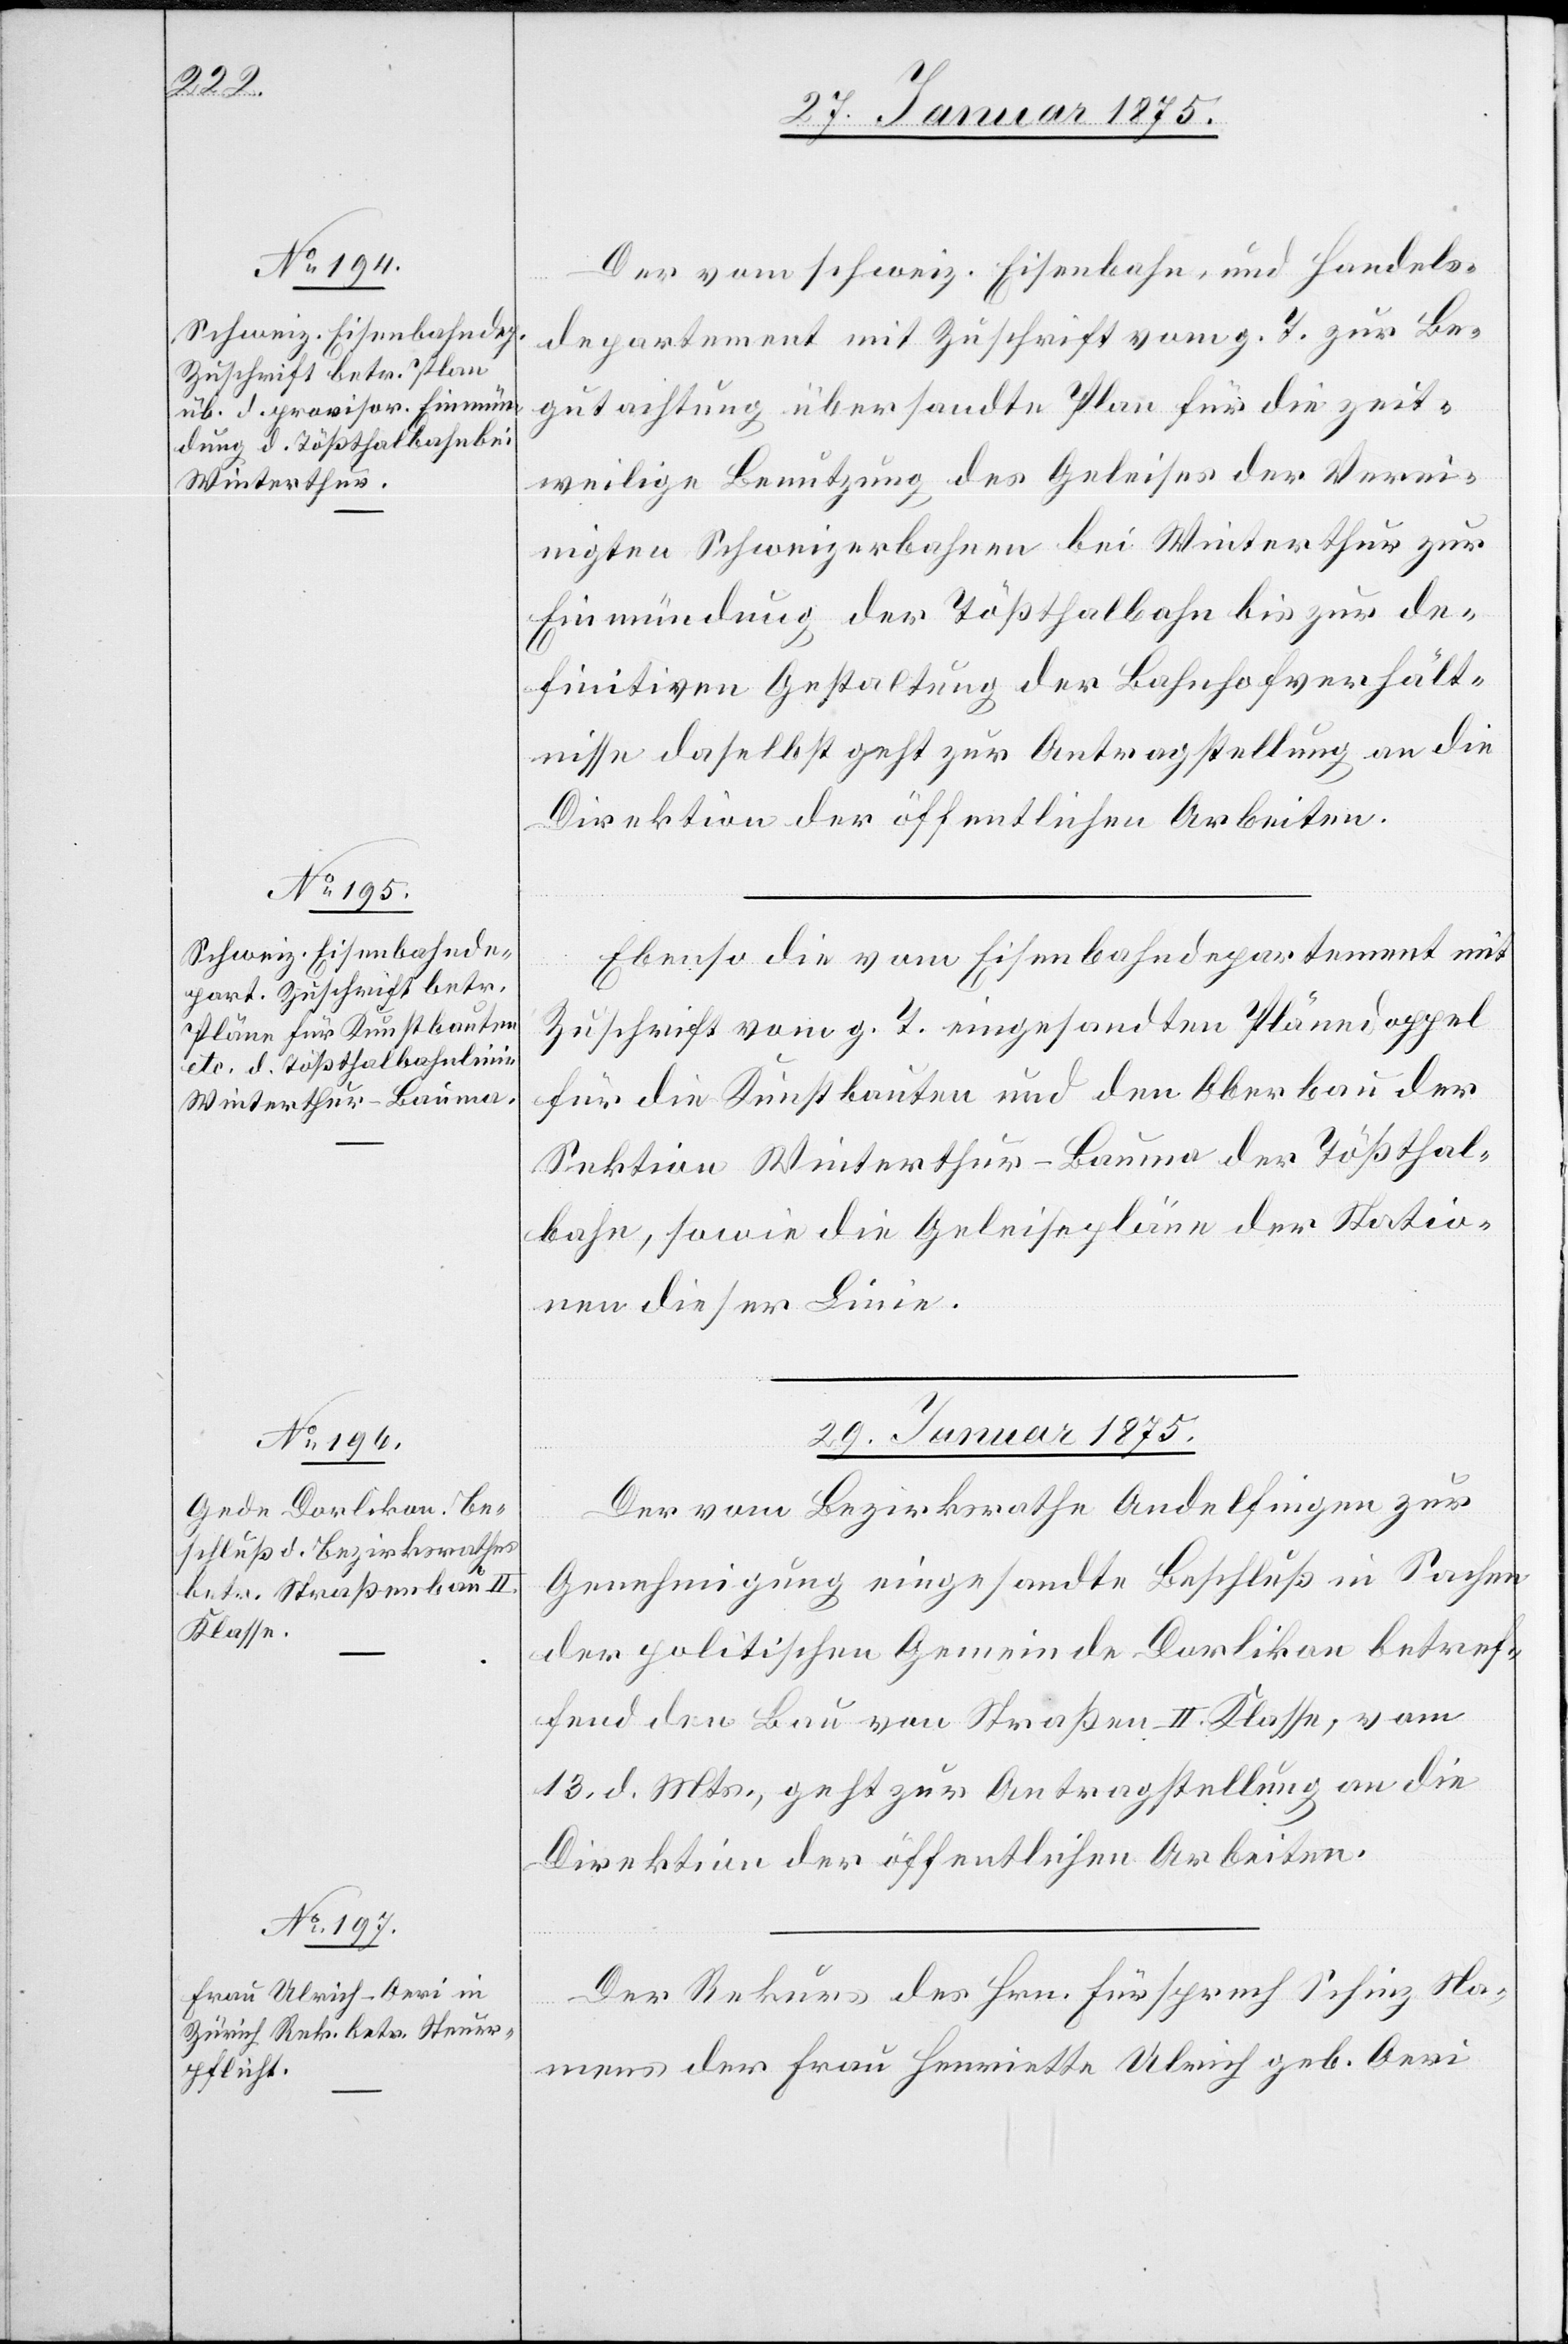
28. Januar 1875.]
Der vom schweiz. Eisenbahn und Handels¬
departement mit Zuschrift vom g. T. zur Be¬
gutachtung übersandte Plan für die zeit¬
weilige Benutzung des Geleises der Verei¬
nigten Schweizerbahnen bei Winterthur zur
Einmündung der Tößthalbahn bis zur de¬
finitiven Gestaltung der Bahnhofsverhält¬
nisse daselbst geht zur Antragstellung an die
Direktion der öffentlichen Arbeiten.
Ebenso die vom Eisenbahndepartement mit
Zuschrift vom g. T. eingesandten Plänedoppel
für die Kunstbauten und den Oberbau der
Sektion Winterthur–Bauma der Tößthal¬
bahn, sowie die Geleisepläne der Statio¬
nen dieser Linie.
29. Januar 1875.]
Der vom Regierungsrathe Andelfingen zur
Genehmigung eingesandte Beschluß in Sachen
der politischen Gemeinde in Dorlikon betref¬
fend den Bau von Straßen II. Klasse, vom
13. d. Mts., geht zur Antragstellung an die
Direktion der öffentlichen Arbeiten.
Der Rekurs des Hrn. Fürsprech Schinz Na¬
mens der Frau Henriette Ulrich geb. Oeri